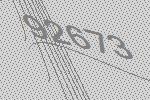
92673